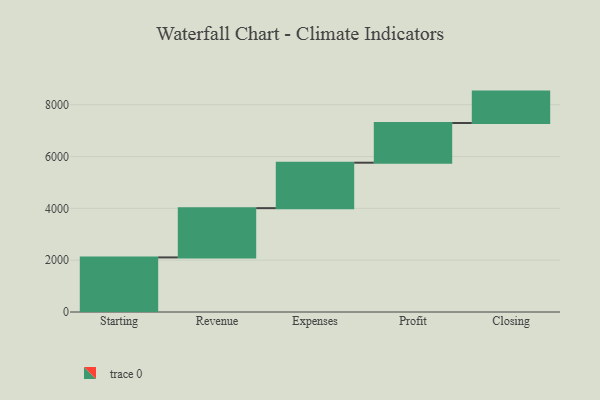
{"axis": {"x": "Step", "y": "Value"}, "legend": [""], "data": [{"x": "Starting", "y": 2107.0, "type": ""}, {"x": "Revenue", "y": 1901.0, "type": ""}, {"x": "Expenses", "y": 1754.0, "type": ""}, {"x": "Profit", "y": 1532.0, "type": ""}, {"x": "Closing", "y": 1212.0, "type": ""}]}